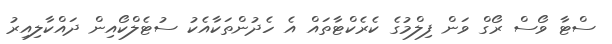
ސްޓާ ވޯސް ރޯގް ވަން ފިލްމުގެ ކެރެކްޓާތައް އެ ހެދުންތަކާއެކު ސުޓެލްކޯއިން ދައްކާލިިއިރު